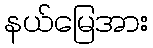
နယ်မြေအား